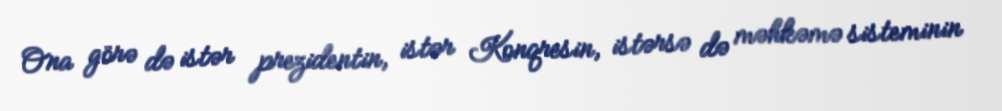
Ona görə də istər prezidentin, istər Konqresin, istərsə də məhkəmə sisteminin